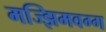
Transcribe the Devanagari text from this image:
मज्झिमवग्ग